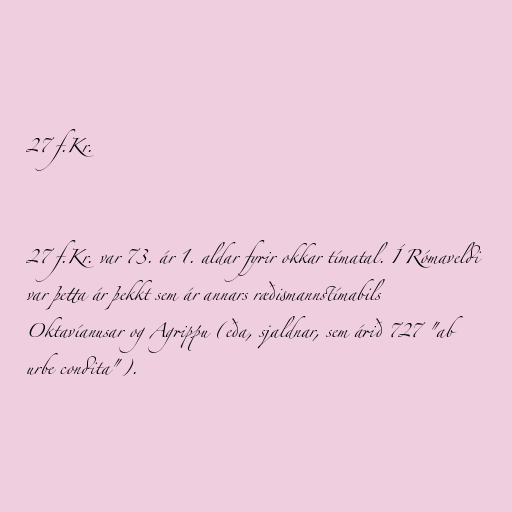
27 f.Kr.

27 f.Kr. var 73. ár 1. aldar fyrir okkar tímatal. Í Rómaveldi
var þetta ár þekkt sem ár annars ræðismannstímabils
Oktavíanusar og Agrippu (eða, sjaldnar, sem árið 727 "ab
urbe condita").